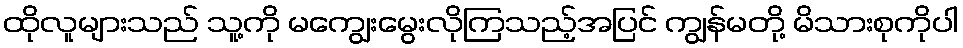
ထိုလူများသည် သူ့ကို မကျွေးမွေးလိုကြသည့်အပြင် ကျွန်မတို့ မိသားစုကိုပါ